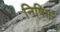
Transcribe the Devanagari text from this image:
निषिक्त